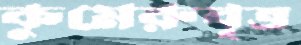
কুমেরুবৃত্ত